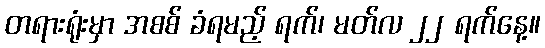
တရားရုံးမှာ အစစ် ခံရမည့် ရက်၊ မတ်လ ၂၂ ရက်နေ့။